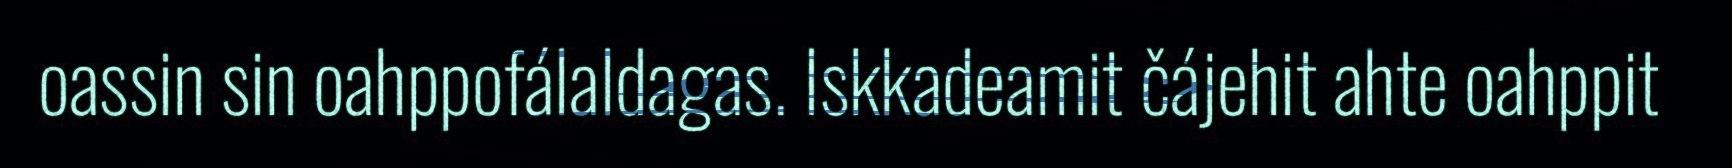
oassin sin oahppofálaldagas. Iskkadeamit čájehit ahte oahppit